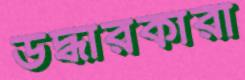
উদ্ধারকারী